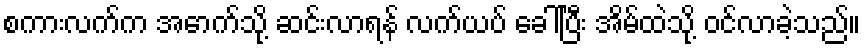
စကားလက်က အောက်သို့ ဆင်းလာရန် လက်ယပ် ခေါ်ပြီး အိမ်ထဲသို့ ဝင်လာခဲ့သည်။